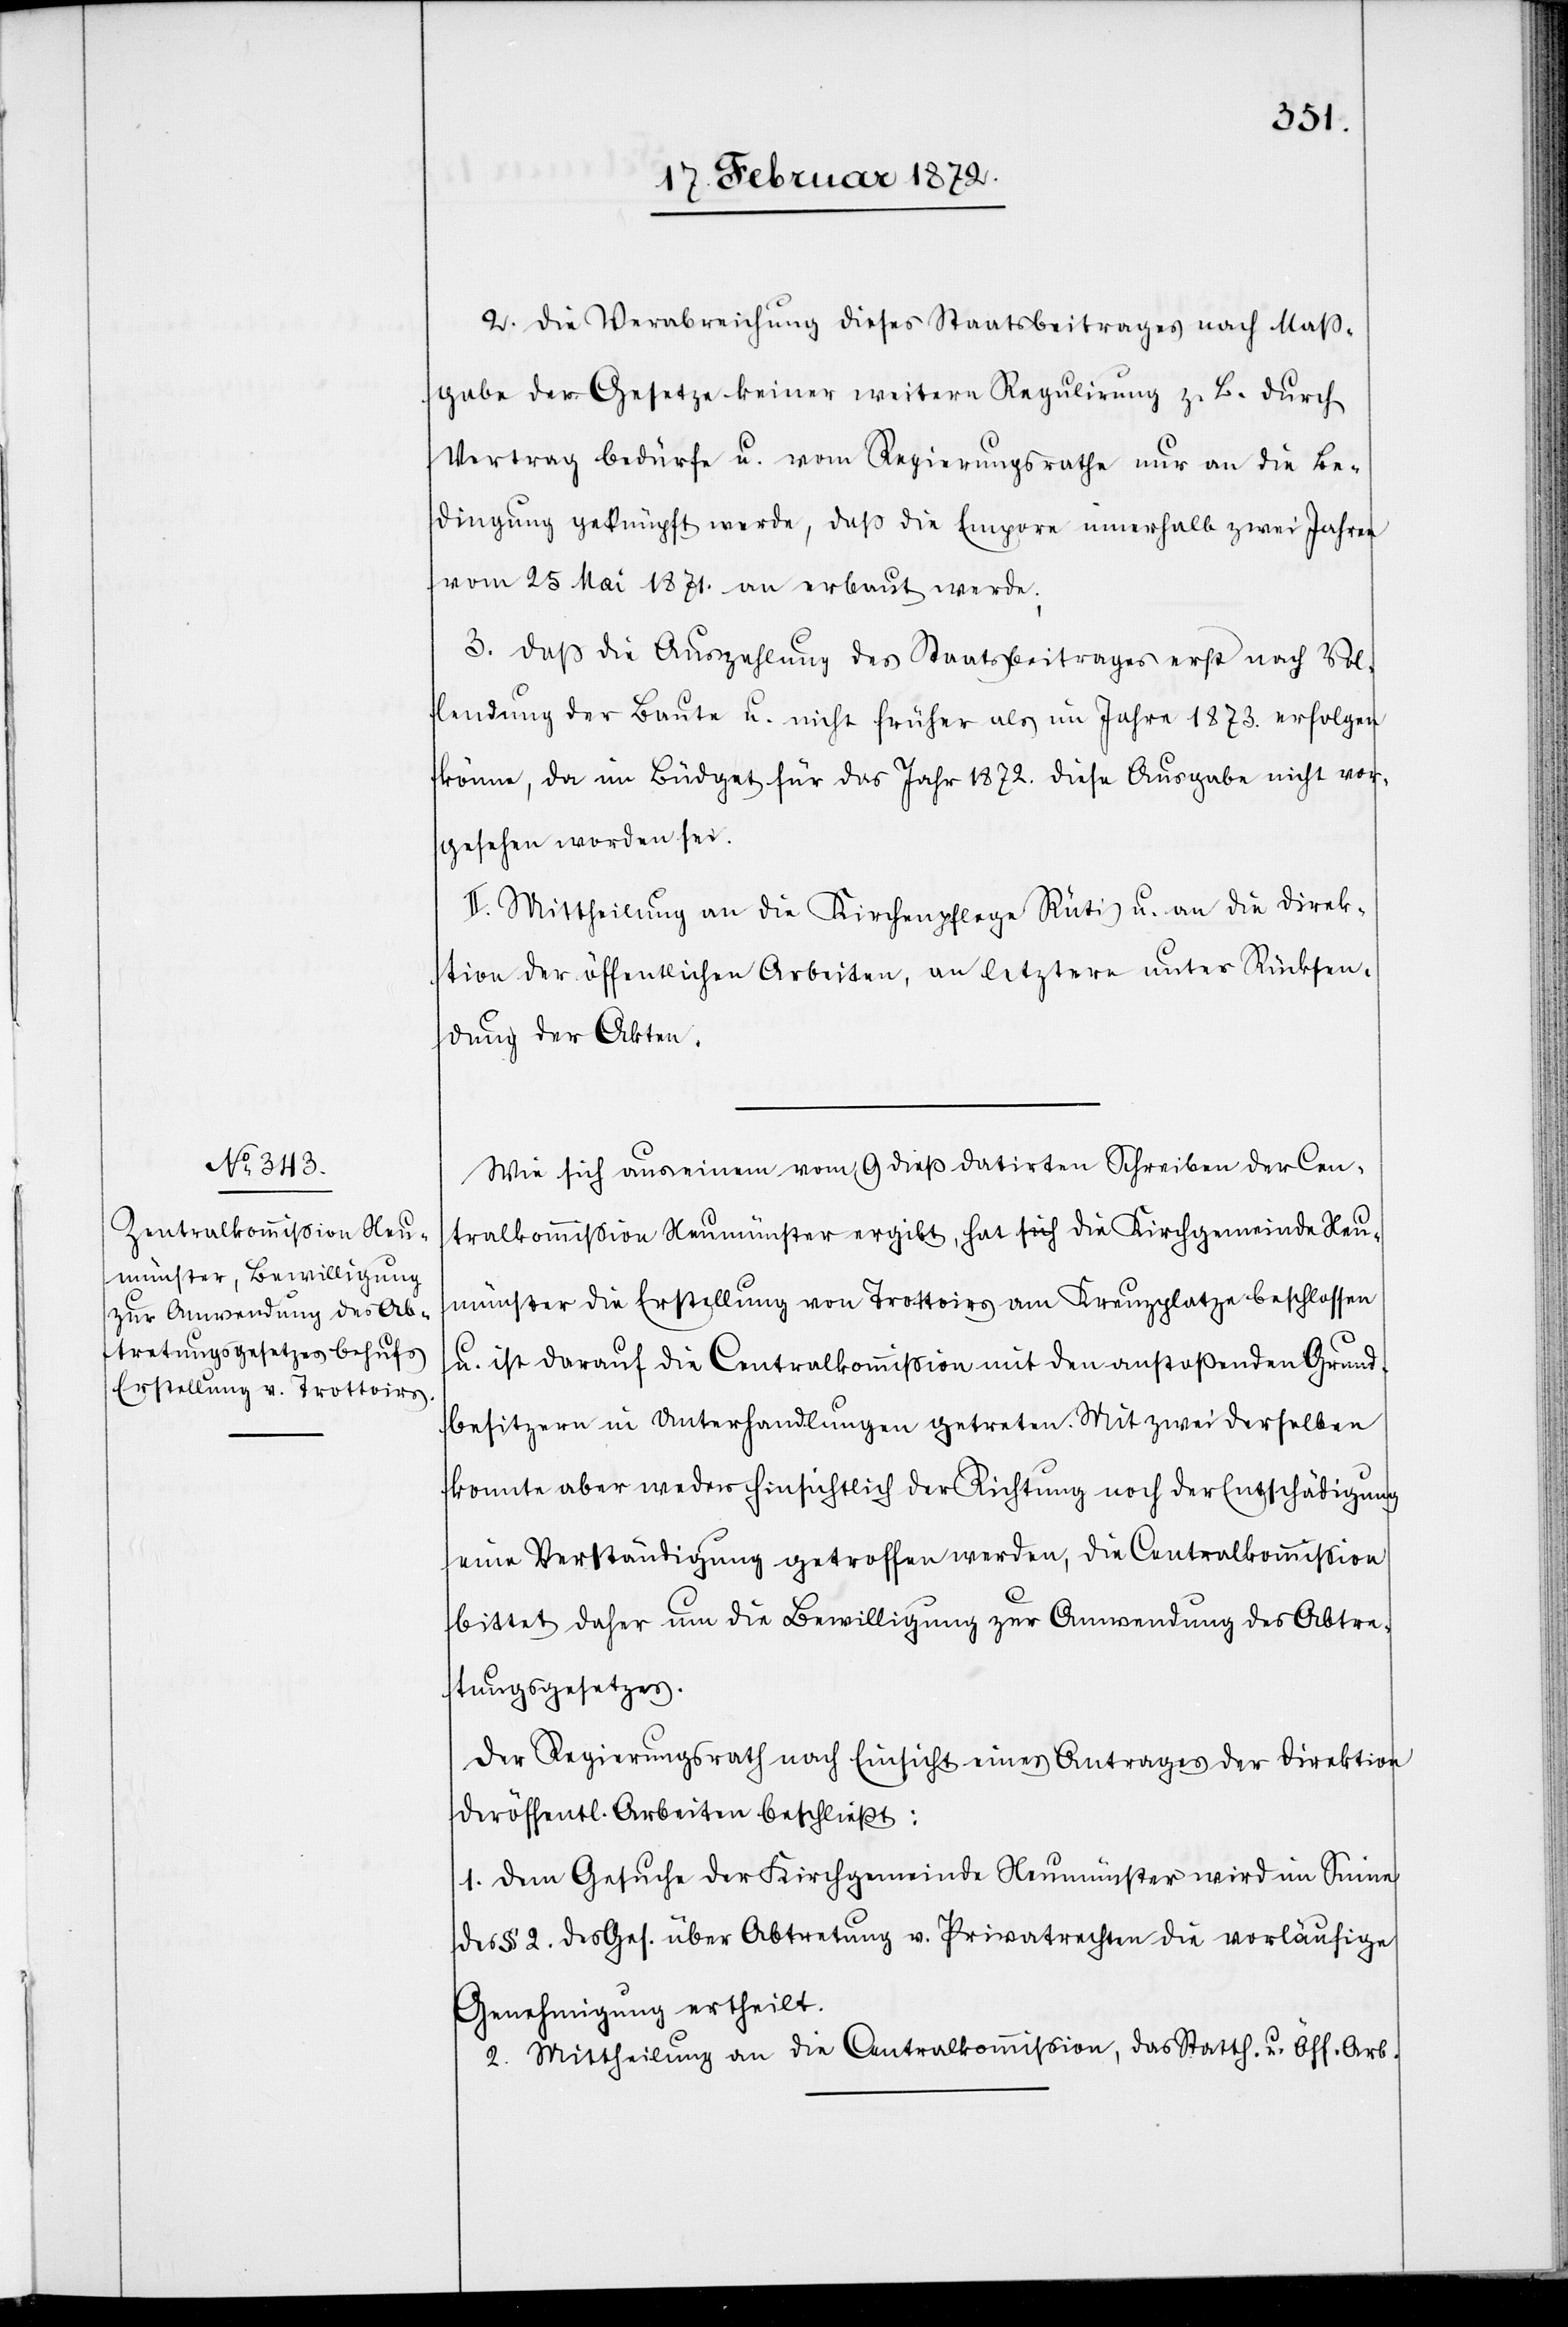
2. Die Verabreichung dieses Staatsbeitrages nach Maß¬
gabe der Gesetze keiner weitern Regulirung z. B. durch
Vertrag bedürfe u. vom Regierungsrathe nur an die Be¬
dingung geknüpft werde, daß die Empore innerhalb zwei Jahren
vom 25 Mai 1871. an erbaut werde;
3. Daß die Auszahlung des Staatsbeitrages erst nach Vol¬
lendung der Baute u. nicht früher als im Jahre 1873. erfolgen
könne, da im Büdget für das Jahr 1872. diese Ausgabe nicht vor¬
gesehen worden ist.
II. Mittheilung an die Kirchenpflege Rüti u. an die Direk¬
tion der öffentlichen Arbeiten, an letztere unter Rücksen¬
dung der Akten.
Wie sich aus einem vom 9 dieß datirten Schreiben der Cen¬
tralkommission Neumünster ergibt, hat die Kirchgemeinde Neu¬
münster die Erstellung von Trottoirs am Kreuzplatze beschlossen
u. ist darauf die Centralkommission mit den anstoßenden Grund¬
besitzern in Unterhandlungen getreten. Mit zwei derselben
konnte aber weder hinsichtlich der Richtung noch der Entschädigung
eine Verständigung getroffen werden, die Centralkommission
bittet daher um die Bewilligung zur Anwendung des Abtre¬
tungsgesetzes.
Der Regierungsrath nach Einsicht eines Antrages der Direktion
der öffentlichen Arbeiten beschließt:
1. Dem Gesuche der Kirchgemeinde Neumünster wird im Sinne
des § 2. des Ges. über Abtretung u. Privatrechten die vorläufige
Genehmigung ertheilt.
2. Mittheilung an die Centralkommission, das Statth. u. Öff. Arb.